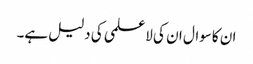
ان کاسوال ان کی لاعلمی کی دلیل ہے۔